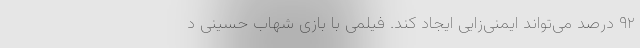
۹۲ درصد می‌تواند ایمنی‌زایی ایجاد کند. فیلمی با بازی شهاب حسینی د